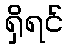
ရှိရင်